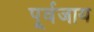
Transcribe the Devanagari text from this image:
पूर्वजाय